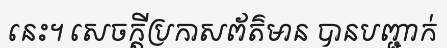
នេះ។ សេចក្តីប្រកាសព័ត៌មាន បានបញ្ជាក់